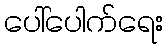
ပေါ်ပေါက်ရေး